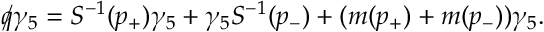
{ \rlap / q } \gamma _ { 5 } = S ^ { - 1 } ( p _ { + } ) \gamma _ { 5 } + \gamma _ { 5 } S ^ { - 1 } ( p _ { - } ) + ( m ( p _ { + } ) + m ( p _ { - } ) ) \gamma _ { 5 } .